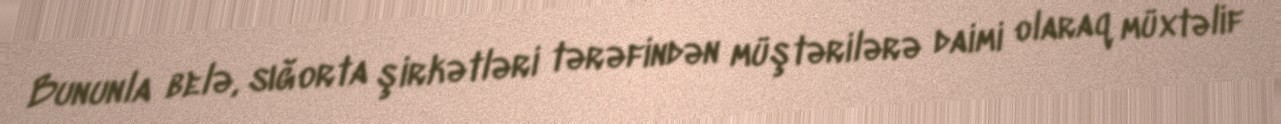
Bununla belə, sığorta şirkətləri tərəfindən müştərilərə daimi olaraq müxtəlif